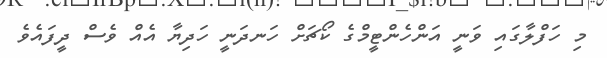
މި ހަފްލާގައި ވަނީ އަންހެންޓީމްގެ ކޯޗަށް ހަނދަނީ ހަދިޔާ އެއް ވެސް ދީފައެވެ